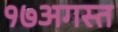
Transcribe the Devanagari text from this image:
१७अगस्त